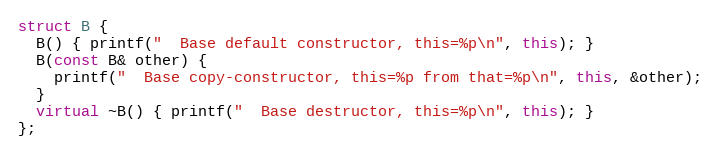
Language: C++
struct B {
  B() { printf("  Base default constructor, this=%p\n", this); }
  B(const B& other) {
    printf("  Base copy-constructor, this=%p from that=%p\n", this, &other);
  }
  virtual ~B() { printf("  Base destructor, this=%p\n", this); }
};